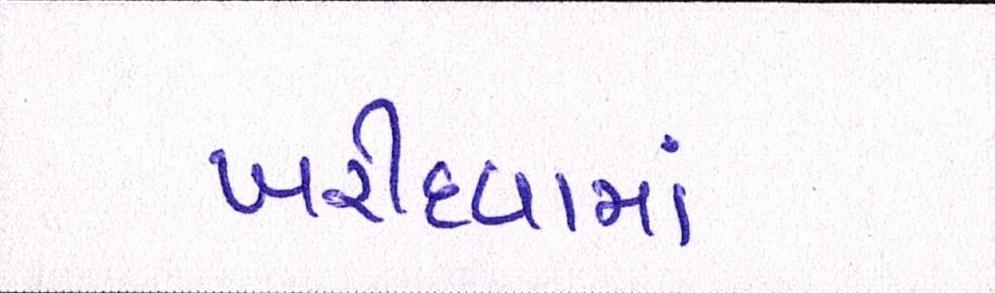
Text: ખરીદવામાં